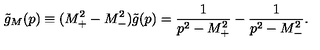
\tilde { g } _ { M } ( p ) \equiv ( M _ { + } ^ { 2 } - M _ { - } ^ { 2 } ) \tilde { g } ( p ) = \frac { 1 } { p ^ { 2 } - M _ { + } ^ { 2 } } - \frac { 1 } { p ^ { 2 } - M _ { - } ^ { 2 } } .